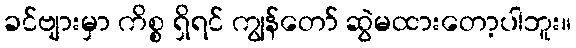
ခင်ဗျားမှာ ကိစ္စ ရှိရင် ကျွန်တော် ဆွဲမထားတော့ပါဘူး။